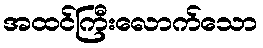
အထင်ကြီးလောက်သော